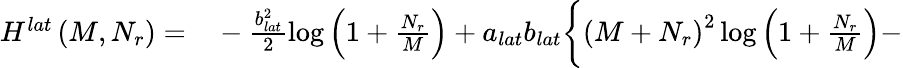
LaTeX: \begin{array}{rl}{H^{lat}\left(M,N_{r}\right)=}&{{}-\frac{b_{lat}^{2}}{2}\log\left(1+\frac{N_{r}}{M}\right)+a_{lat}b_{lat}\bigg\{ \left(M+N_{r}\right)^{2}\log\left(1+\frac{N_{r}}{M}\right)-}\end{array}